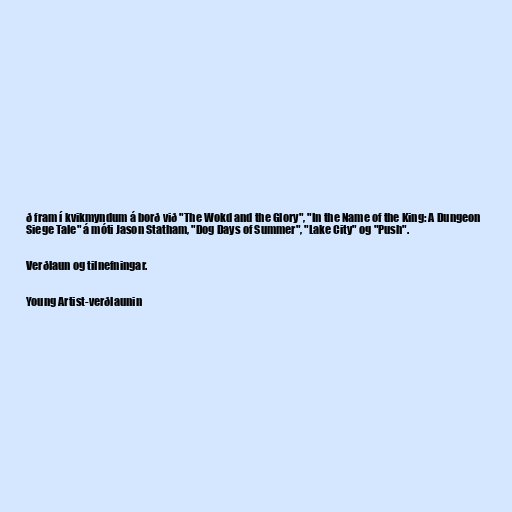
ð fram í kvikmyndum á borð við "The Wokd and the Glory", "In the Name of the King: A Dungeon
Siege Tale" á móti Jason Statham, "Dog Days of Summer", "Lake City" og "Push".

Verðlaun og tilnefningar.

Young Artist-verðlaunin